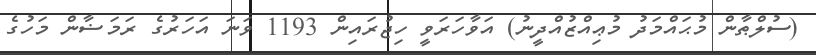
(ސުލްޠާން މުޙައްމަދު މުޢިއްޒުއްދީނު) އަވާހަރަވީ ހިޖުރައިން 1193 ވަނަ އަހަރުގެ ރަމަޟާން މަހުގެ